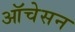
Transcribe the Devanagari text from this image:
ऑचेसन